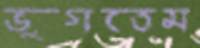
ভুগতেম